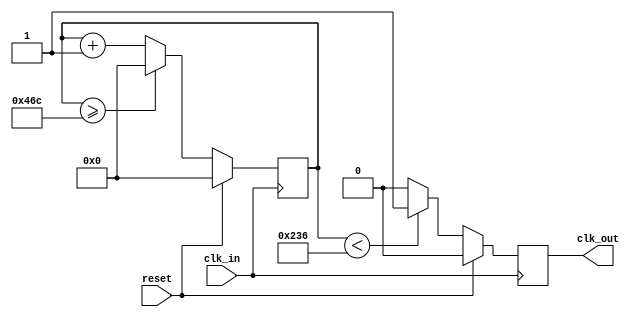
module clock_divider #
  (
    parameter integer DIVISOR = 50_000_000/44_100	 // Divisor = Input Clock frequency in Hz / desired frequency in Hz
  )
  (
    input wire clk_in,
	 input wire reset,
    output reg clk_out
  );

reg [31:0] counter;

always @(posedge clk_in) begin
   if (reset) begin
	   counter <= 0;
		clk_out <= 0;
	end else begin 
		counter <= counter + 32'b1;
		if (counter >= (DIVISOR - 1))
			counter <= 32'b0;
		clk_out <= (counter < (DIVISOR/2))?1'b1:1'b0;
	end
end

endmodule